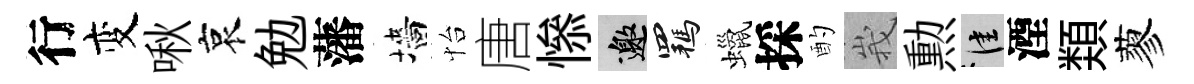
行变啾哀勉藩墻怡唐𢡖邀羈蠟採酌峩勲佳湮𩔖蓼